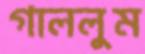
গাললুম